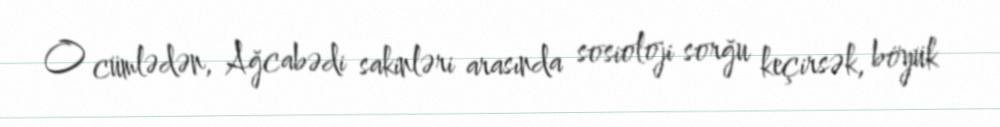
O cümlədən, Ağcabədi sakinləri arasında sosioloji sorğu keçirsək, böyük